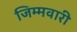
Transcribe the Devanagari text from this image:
जिम्मवारी